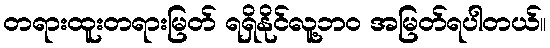
တရားထူးတရားမြတ် ရရှိနိုင်လူ့ဘ၀ အမြတ်ရပါတယ်။